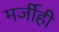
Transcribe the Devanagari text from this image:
मर्जीही